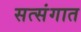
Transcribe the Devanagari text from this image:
सत्संगात